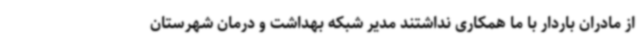
از مادران باردار با ما همکاری نداشتند مدیر شبکه بهداشت و درمان شهرستان